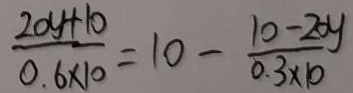
\frac { 2 0 y + 1 0 } { 0 . 6 \times 1 0 } = 1 0 - \frac { 1 0 - 2 0 y } { 0 . 3 \times 1 0 }